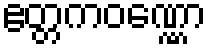
ဧတ္တကဝဏ္ဏော